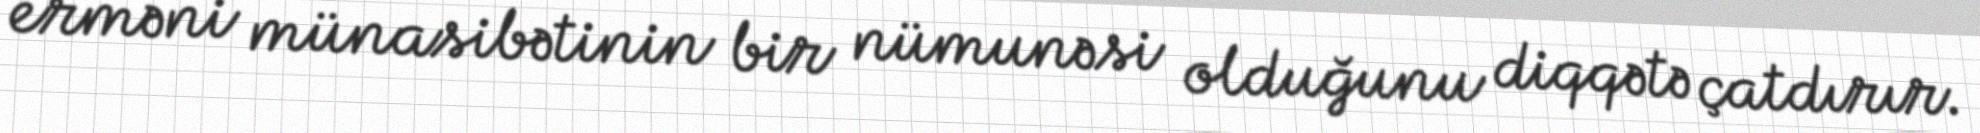
erməni münasibətinin bir nümunəsi olduğunu diqqətə çatdırır.